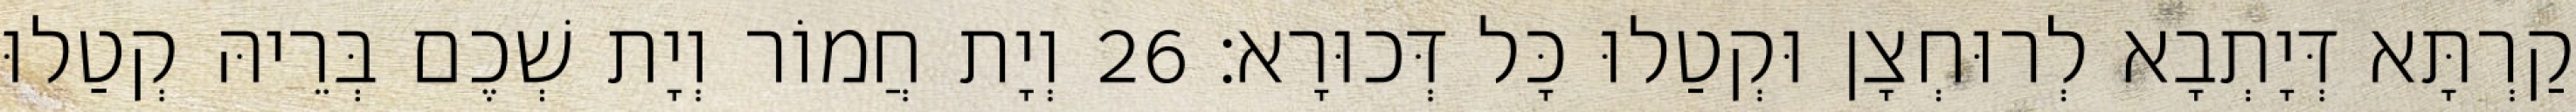
קַרְתָּא דְּיָתְבָא לְרוּחְצָן וּקְטַלוּ כָּל דְּכוּרָא׃ 26 וְיָת חֲמוֹר וְיָת שְׁכֶם בְּרֵיהּ קְטַלוּ